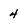
Character: 4